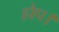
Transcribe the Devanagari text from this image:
होप।